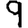
Digit: 9